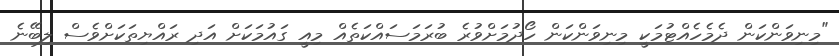
"މިނިވަންކަން ދެމެހެއްޓުމަކީ މިނިވަންކަން ހޯދުމަށްވުރެ ބުރަމަސައްކަތެއް މިއީ ގައުމަކަށް އަދި ރައްޔިތަކަށްވެސް ލިބޭނެ